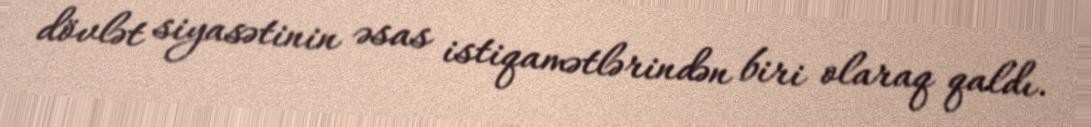
dövlət siyasətinin əsas istiqamətlərindən biri olaraq qaldı.